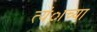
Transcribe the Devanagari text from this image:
त्यंाच्या